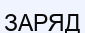
ЗАРЯД